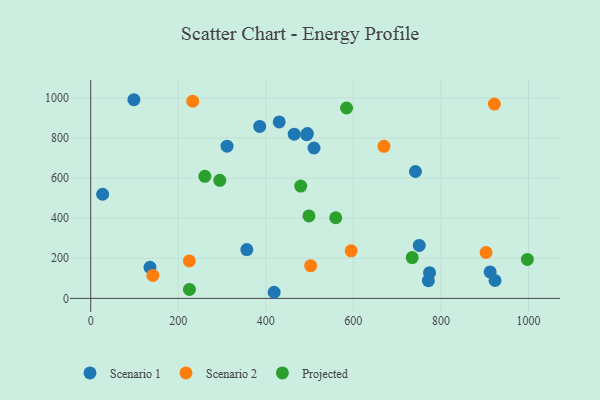
{"axis": {"x": "Price", "y": "Yield"}, "legend": ["Projected", "Scenario 1", "Scenario 2"], "data": [{"x": "912.4", "y": 132.2, "type": "Scenario 1"}, {"x": "741.8", "y": 632.8, "type": "Scenario 1"}, {"x": "430.6", "y": 880.2, "type": "Scenario 1"}, {"x": "771.3", "y": 88.5, "type": "Scenario 1"}, {"x": "464.9", "y": 819.1, "type": "Scenario 1"}, {"x": "494.9", "y": 822.2, "type": "Scenario 1"}, {"x": "419.0", "y": 30.5, "type": "Scenario 1"}, {"x": "750.5", "y": 264.3, "type": "Scenario 1"}, {"x": "386.0", "y": 857.9, "type": "Scenario 1"}, {"x": "356.6", "y": 243.4, "type": "Scenario 1"}, {"x": "98.7", "y": 990.9, "type": "Scenario 1"}, {"x": "493.3", "y": 816.5, "type": "Scenario 1"}, {"x": "774.0", "y": 128.1, "type": "Scenario 1"}, {"x": "135.4", "y": 155.1, "type": "Scenario 1"}, {"x": "311.4", "y": 759.1, "type": "Scenario 1"}, {"x": "510.1", "y": 750.1, "type": "Scenario 1"}, {"x": "923.6", "y": 89.3, "type": "Scenario 1"}, {"x": "27.2", "y": 519.5, "type": "Scenario 1"}, {"x": "225.3", "y": 187.1, "type": "Scenario 2"}, {"x": "669.8", "y": 758.6, "type": "Scenario 2"}, {"x": "233.1", "y": 983.2, "type": "Scenario 2"}, {"x": "903.1", "y": 228.9, "type": "Scenario 2"}, {"x": "502.4", "y": 163.1, "type": "Scenario 2"}, {"x": "922.2", "y": 969.3, "type": "Scenario 2"}, {"x": "142.0", "y": 114.3, "type": "Scenario 2"}, {"x": "595.0", "y": 237.4, "type": "Scenario 2"}, {"x": "997.5", "y": 194.3, "type": "Projected"}, {"x": "294.9", "y": 588.7, "type": "Projected"}, {"x": "498.5", "y": 411.1, "type": "Projected"}, {"x": "584.4", "y": 949.6, "type": "Projected"}, {"x": "260.7", "y": 608.7, "type": "Projected"}, {"x": "734.4", "y": 203.7, "type": "Projected"}, {"x": "559.7", "y": 402.1, "type": "Projected"}, {"x": "225.5", "y": 44.5, "type": "Projected"}, {"x": "479.7", "y": 560.0, "type": "Projected"}]}